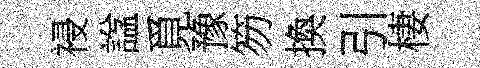
祲諡覓豫笏換引棲